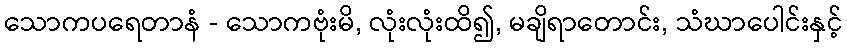
သောကပရေတာနံ - သောကဗုံးမိ, လုံးလုံးထိ၍, မချိရာတောင်း, သံဃာပေါင်းနှင့်